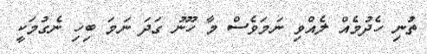
ތުނި ހެދުމެއް ލެއްވި ނަމަވެސް މާ ހޫނު ގަދަ ނަމަ ބިހި ނެގުމަކީ